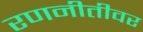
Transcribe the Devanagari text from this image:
रणनीतीवर